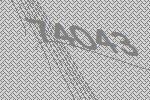
74043